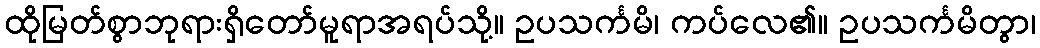
ထိုမြတ်စွာဘုရားရှိတော်မူရာအရပ်သို့။ ဥပသင်္ကမိ၊ ကပ်လေ၏။ ဥပသင်္ကမိတွာ၊